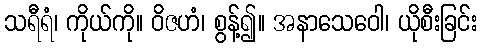
သရီရံ၊ ကိုယ်ကို။ ဝိဇဟံ၊ စွန့်၍။ အနာသေဝေါ၊ ယိုစီးခြင်း